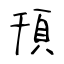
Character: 頇